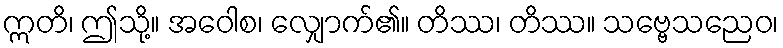
ဣတိ၊ ဤသို့။ အဝေါစ၊ လျှောက်၏။ တိဿ၊ တိဿ။ သဗ္ဗေသညေဝ၊